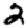
Digit: 2